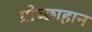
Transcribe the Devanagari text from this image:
प्रोच्छाहान